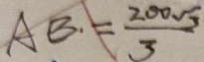
A B = \frac { 2 0 0 \sqrt { 3 } } { 3 }